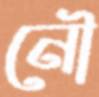
নৌ